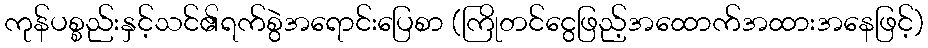
ကုန်ပစ္စည်းနှင့်သင်၏ရက်စွဲအရောင်းပြေစာ (ကြိုတင်ငွေဖြည့်အထောက်အထားအနေဖြင့်)